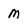
Character: m